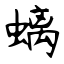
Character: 螭